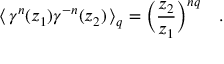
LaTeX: \langle \, \gamma ^ { n } ( z _ { 1 } ) \gamma ^ { - n } ( z _ { 2 } ) \, \rangle _ { q } = \Big ( \frac { z _ { 2 } } { z _ { 1 } } \Big ) ^ { n q } \quad .